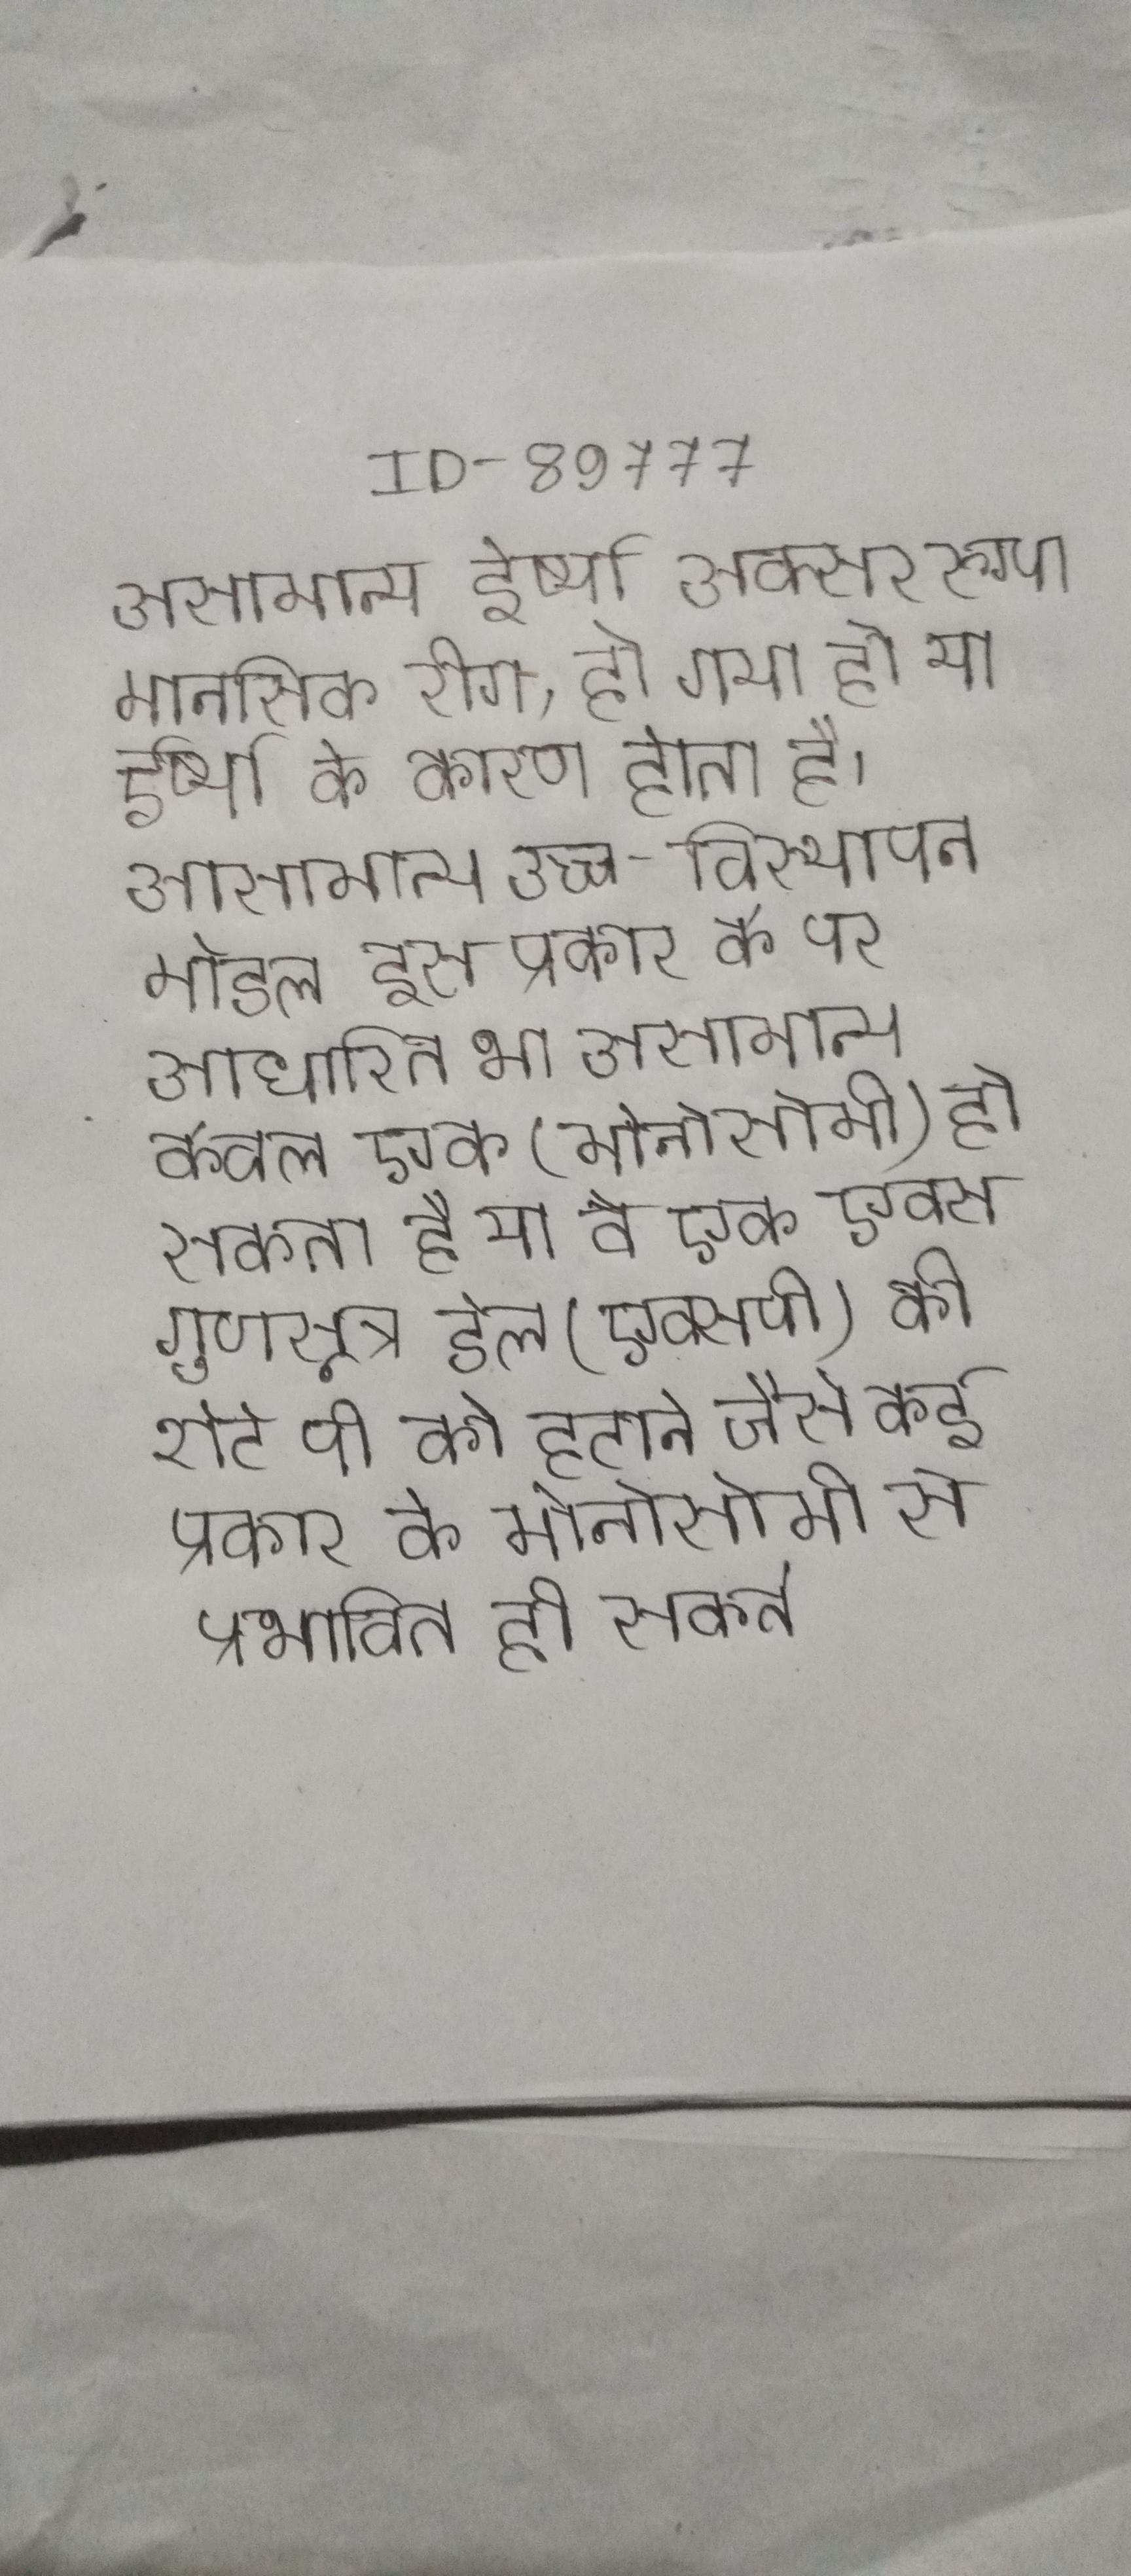
असामान्य ईर्ष्या अक्सर, रुग्ण मानसिक रोग, हो गया हो या ईर्ष्या के कारण होता है । असामान्य उच्च-विस्थापन मॉडल इस प्रकार के पर आधारित था । असामान्य केवल एक (मोनोसोमी) हो सकता है या वे एक एक्स गुणसूत्र डेल (एक्सपी) की शॉर्ट पी को हटाने जैसे कई प्रकार के मोनोसोमी से प्रभावित हो सकते ।